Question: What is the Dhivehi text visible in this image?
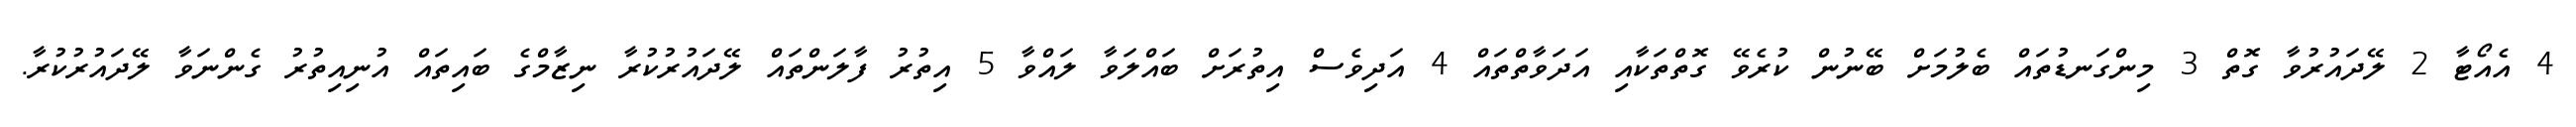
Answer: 4 އެއޯޓާ 2 ލޭދައުރުވާ ގޮތް 3 މިންގަނޑުތައް ބެލުމަށް ބޭނުން ކުރެވޭ ގޮތްތަކާއި އަދަވާތްތައް 4 އަދިވެސް އިތުރަށް ބައްލަވާ ލައްވާ 5 އިތުރު ފާލަންތައް ލޭދައުރުކުރާ ނިޒާމްގެ ބައިތައް އުނިއިތުރު ގެންނަވާ ލޭދައުރުކުރާ.